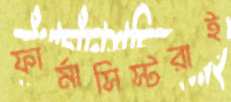
ফার্মাসিস্টরাই